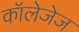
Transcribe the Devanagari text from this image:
कॉलेजेज